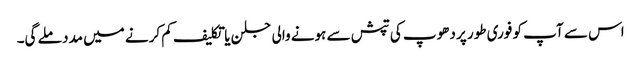
اس سے آپ کو فوری طور پر دھوپ کی تپش سے ہونے والی جلن یا تکلیف کم کرنے میں مدد ملے گی۔